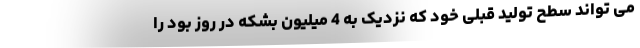
می تواند سطح تولید قبلی خود که نزدیک به 4 میلیون بشکه در روز بود را